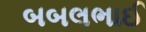
બબલભાઈ